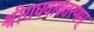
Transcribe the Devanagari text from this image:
श्रीराघवावतरणम्